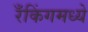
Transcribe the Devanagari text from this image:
रँकिंगमध्ये